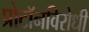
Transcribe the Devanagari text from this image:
प्रोटॉनविरोधी